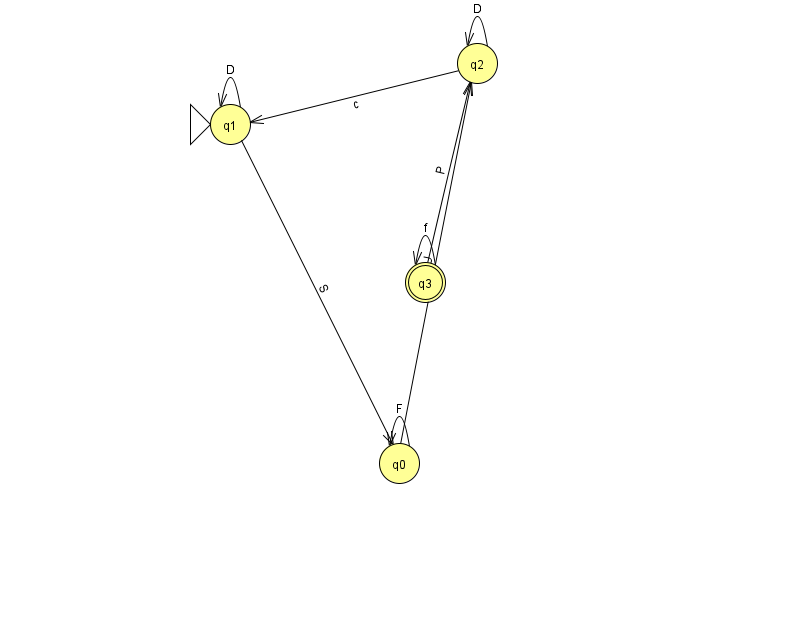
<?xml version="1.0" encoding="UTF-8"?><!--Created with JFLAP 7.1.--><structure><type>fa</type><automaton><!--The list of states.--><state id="0" name="q0"><x>399.0</x><y>450.0</y></state><state id="1" name="q1"><x>230.0</x><y>111.0</y><initial/></state><state id="2" name="q2"><x>477.0</x><y>50.0</y></state><state id="3" name="q3"><x>425.0</x><y>269.0</y><final/></state><!--The list of transitions.--><transition><from>1</from><to>1</to><read>D</read></transition><transition><from>2</from><to>2</to><read>D</read></transition><transition><from>0</from><to>0</to><read>F</read></transition><transition><from>0</from><to>2</to><read>U</read></transition><transition><from>3</from><to>3</to><read>f</read></transition><transition><from>1</from><to>0</to><read>S</read></transition><transition><from>2</from><to>1</to><read>c</read></transition><transition><from>3</from><to>2</to><read>P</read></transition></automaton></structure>